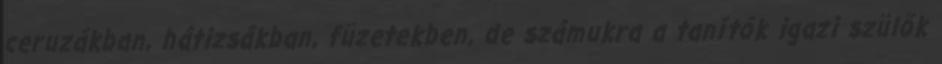
ceruzákban, hátizsákban, füzetekben, de számukra a tanítók igazi szülők